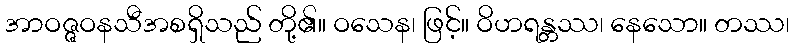
အာဝဇ္ဇဝနသီအစရှိသည် တို့၏။ ဝသေန၊ ဖြင့်။ ဝိဟရန္တဿ၊ နေသော။ တဿ၊